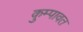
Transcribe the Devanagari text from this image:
कुम्पावत